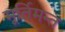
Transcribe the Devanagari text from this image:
मूर्तिमन्त